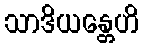
သာဒိယန္တေဟိ